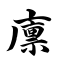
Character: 廪